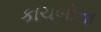
કાચબોના